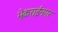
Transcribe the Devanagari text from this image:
भेकराईनगर